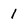
Character: 1